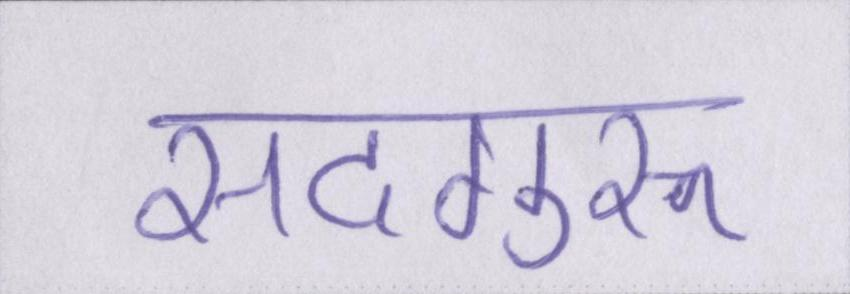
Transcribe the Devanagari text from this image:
सदगुरू